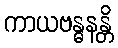
ကာယဗန္ဓနန္တိ